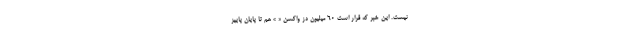
نیست. این خبر که قرار است ۶۰ میلیون دُز واکسن « »‌ هم تا پایان پاییز